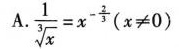
A. $$\frac { 1 } { \sqrt [ 3 ] { x } } = x ^ { - \frac { 2 } { 3 } } ( x ≠ 0 )$$